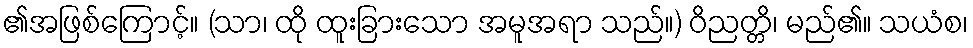
၏အဖြစ်ကြောင့်။ (သာ၊ ထို ထူးခြားသော အမူအရာ သည်။) ဝိညတ္တိ၊ မည်၏။ သယံစ၊